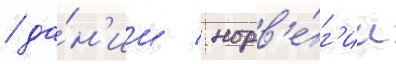
/ да́н'ии / норв'е́г'ии